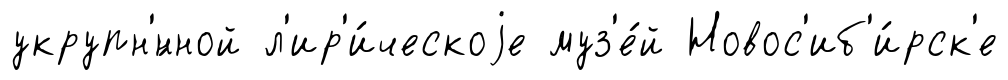
укрупн'́нной л'ир'и́ческоjе муз'е́й Новос'иб'и́рск'е